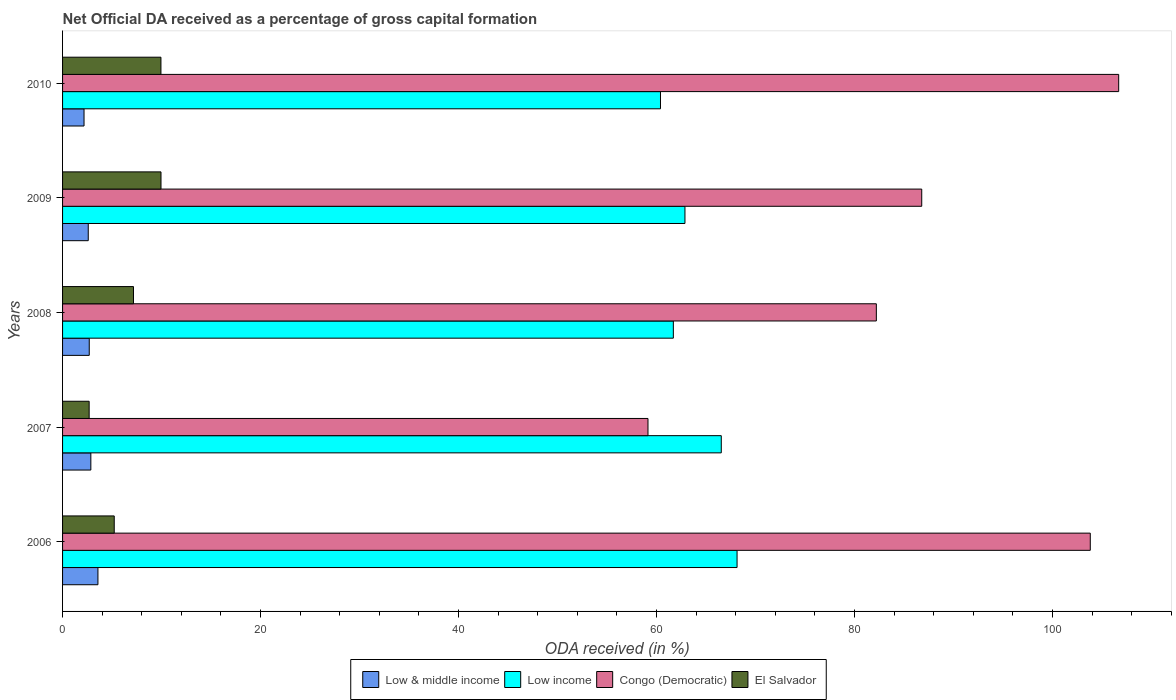
| Years | Low & middle income | Low income | Congo (Democratic) | El Salvador |
 | --- | --- | --- | --- | --- |
 | 2006 | 3.57 | 68.1 | 104 | 5.22 |
 | 2007 | 2.86 | 66.5 | 59.1 | 2.69 |
 | 2008 | 2.7 | 61.7 | 82.2 | 7.16 |
 | 2009 | 2.59 | 62.9 | 86.8 | 9.94 |
 | 2010 | 2.17 | 60.4 | 107 | 9.94 |